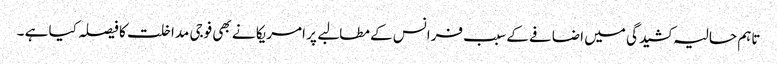
تاہم حالیہ کشیدگی میں اضافے کے سبب فرانس کے مطالبے پر امریکا نے بھی فوجی مداخلت کا فیصلہ کیا ہے ۔